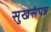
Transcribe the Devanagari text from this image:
सुखसंपन्न